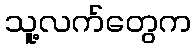
သူ့လက်တွေက